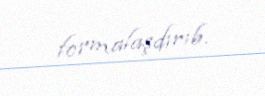
formalaşdırıb.